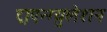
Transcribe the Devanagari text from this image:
ट्राएन्ग्युलेशन